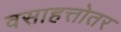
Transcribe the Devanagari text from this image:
वसाहत्तोतर